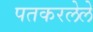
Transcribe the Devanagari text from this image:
पतकरलेले